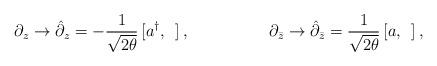
LaTeX: \begin{align*}\partial_z\rightarrow\hat{\partial}_z=-\frac{1}{\sqrt{2\theta}}\,[a^{\dag},\:\:]\:,\hspace{2cm}\partial_{\bar{z}}\rightarrow\hat{\partial}_{\bar{z}}=\frac{1}{\sqrt{2\theta}}\,[a,\:\:]\:,\end{align*}